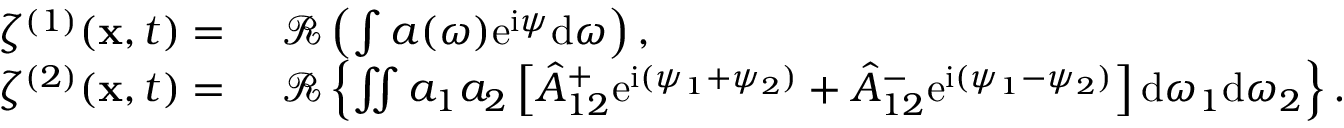
\begin{array} { r l } { \zeta ^ { ( 1 ) } ( \mathbf { x } , t ) = ~ } & { { } \mathcal { R } \left( \int a ( \omega ) \mathrm { e } ^ { \mathrm { i } \psi } \mathrm { d } \omega \right) , } \\ { \zeta ^ { ( 2 ) } ( \mathbf { x } , t ) = ~ } & { { } \mathcal { R } \left\{ \iint a _ { 1 } a _ { 2 } \left[ { \hat { A } } _ { 1 2 } ^ { + } \mathrm { e } ^ { \mathrm { i } ( \psi _ { 1 } + \psi _ { 2 } ) } + { \hat { A } } _ { 1 2 } ^ { - } \mathrm { e } ^ { \mathrm { i } ( \psi _ { 1 } - \psi _ { 2 } ) } \right] \mathrm { d } \omega _ { 1 } \mathrm { d } \omega _ { 2 } \right\} . } \end{array}